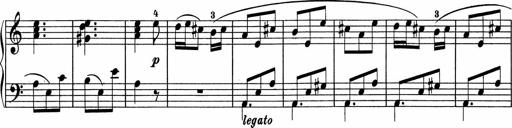
Title: 5 Sonatinen fÃ¼r die Jugend
Composer: Carl Reinecke